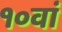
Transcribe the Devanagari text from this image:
१०वां